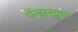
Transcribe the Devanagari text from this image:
पॅन्झरग्रुप